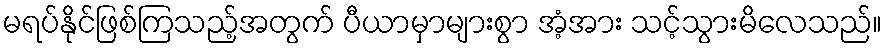
မရပ်နိုင်ဖြစ်ကြသည့်အတွက် ပီယာမှာများစွာ အံ့အား သင့်သွားမိလေသည်။